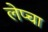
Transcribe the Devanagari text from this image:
लेप्‍चा